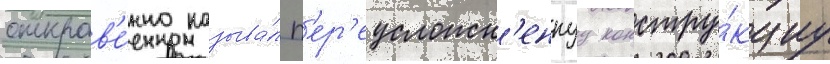
откров'е́нно называ́л п'ер'еусложн'еннуу констру́кциу